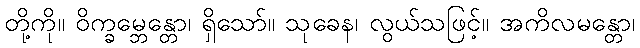
တို့ကို။ ဝိက္ခမ္ဘေန္တော၊ ရှိသော်။ သုခေန၊ လွယ်သဖြင့်။ အကိလမန္တော၊